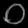
Digit: ၀